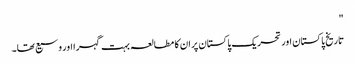
"
تاریخ پاکستان اور تحریک پاکستان پر ان کا مطالعہ بہت گہرا اور وسیع تھا۔